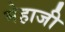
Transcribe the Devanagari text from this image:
मेहाजी